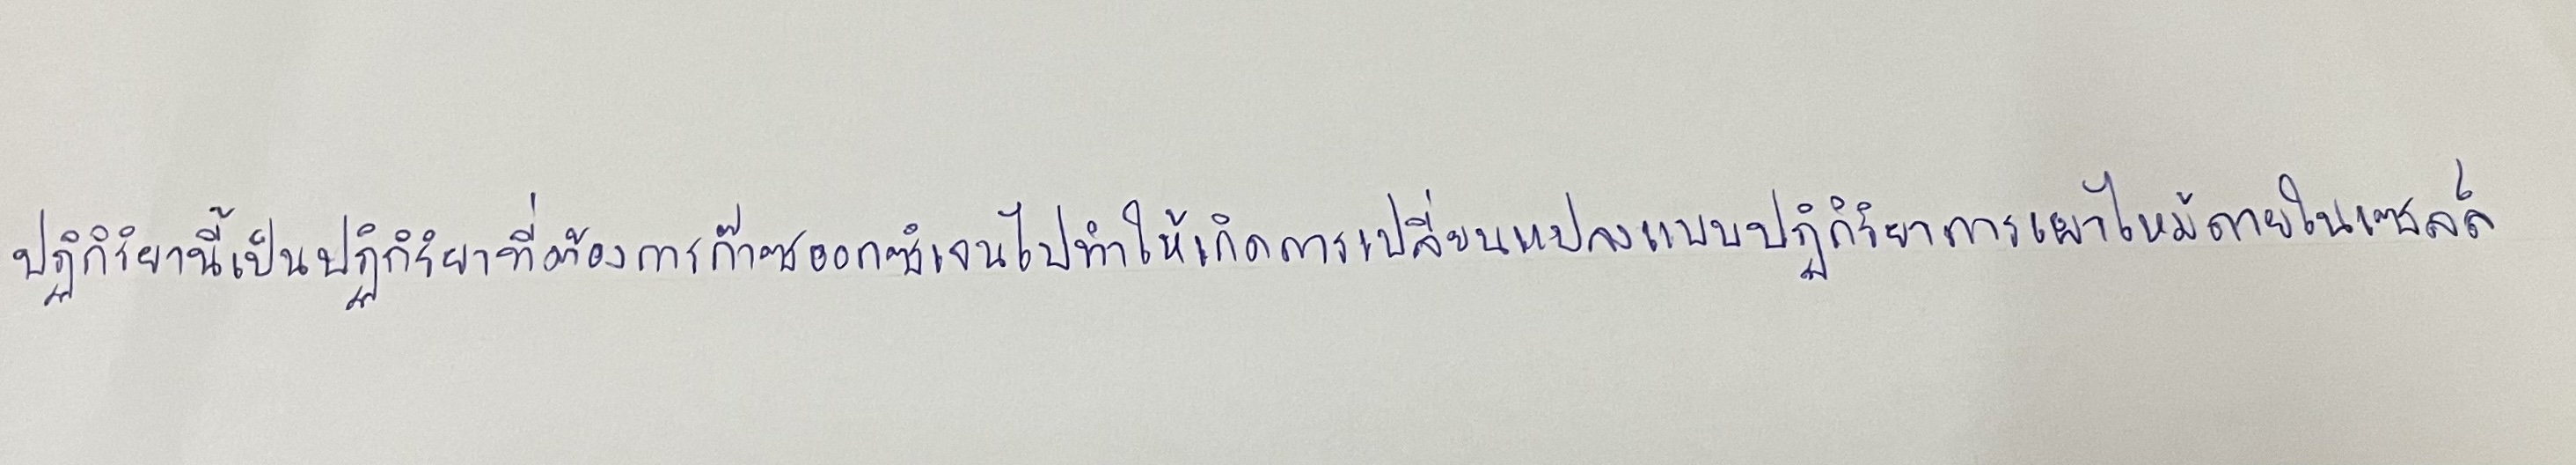
ปฏิกิริยานี้เป็นปฏิกิริยาที่ต้องการก๊าซออกซิเจนไปทำให้เกิดการเปลี่ยนแปลงแบบปฏิกิริยาการเผาไหม้ภายในเซลล์